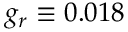
g _ { r } \equiv 0 . 0 1 8